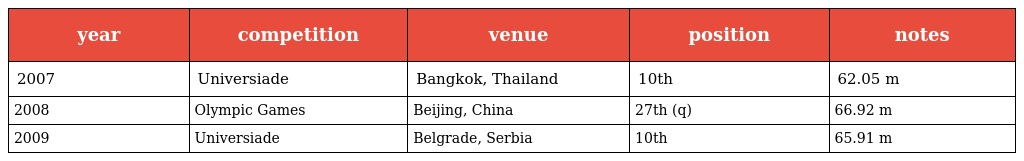
| year | competition | venue | position | notes |
 | --- | --- | --- | --- | --- |
 | 2007 | Universiade | Bangkok, Thailand | 10th | 62.05 m |
 | 2008 | Olympic Games | Beijing, China | 27th (q) | 66.92 m |
 | 2009 | Universiade | Belgrade, Serbia | 10th | 65.91 m |